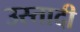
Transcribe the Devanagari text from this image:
उस्तादी